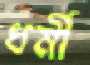
ধর্মী